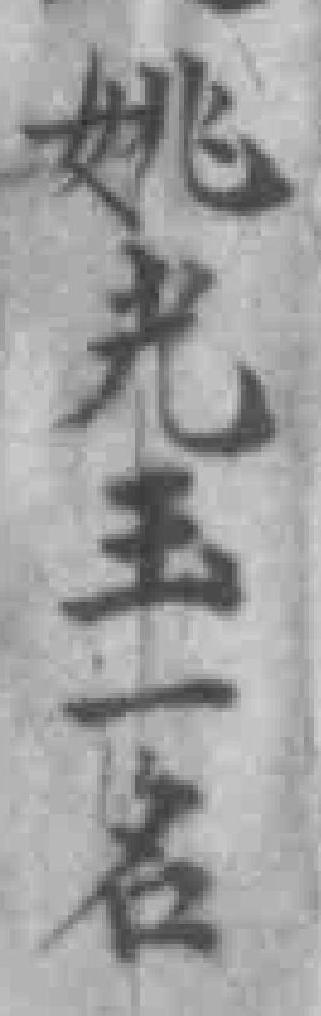
姚光玉一名